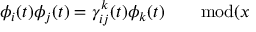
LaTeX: \phi _ { i } ( t ) \phi _ { j } ( t ) = \gamma _ { i j } ^ { k } ( t ) \phi _ { k } ( t ) \qquad \mathrm { m o d } ( x